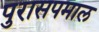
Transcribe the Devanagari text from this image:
पुरासपमाल